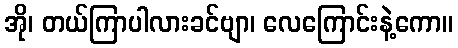
အို၊ တယ်ကြာပါလားခင်ဗျာ၊ လေကြောင်းနဲ့ကော။